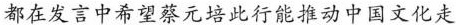
都在发言中希望蔡元培此行能推动中国文化走